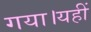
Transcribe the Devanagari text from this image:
गया।यहीं